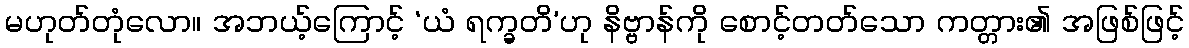
မဟုတ်တုံလော။ အဘယ့်ကြောင့် ‘ယံ ရက္ခတိ’ဟု နိဗ္ဗာန်ကို စောင့်တတ်သော ကတ္တား၏ အဖြစ်ဖြင့်